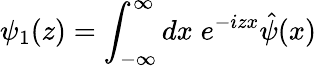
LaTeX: {\psi}_{1}(z)=\int_{-\infty}^{\infty}dx\; e^{-izx}\hat{\psi}(x)